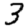
Digit: 3